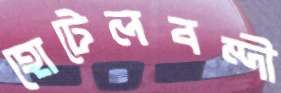
হোটেলবন্দী